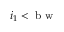
i _ { 1 } < \mathrm { ~ b ~ w ~ }